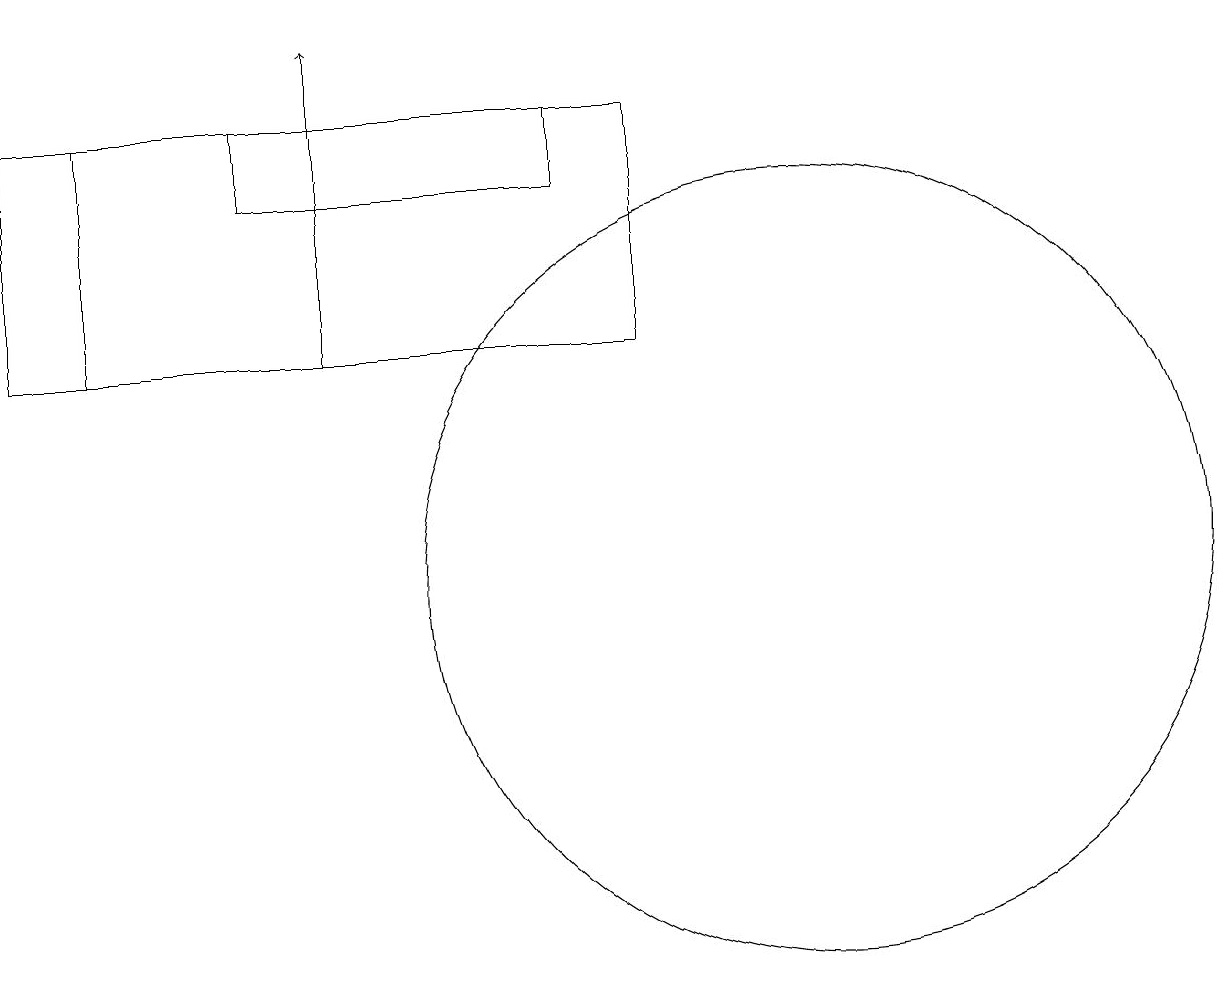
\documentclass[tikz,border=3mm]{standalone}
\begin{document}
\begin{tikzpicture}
\draw (11,10) circle (5);
\draw (5,16) rectangle (5,16);
\draw[->] (5,13) -- (5,17);
\draw (1,13) rectangle (9,16);
\draw (8,16) rectangle (4,15);
\draw (2,13) rectangle (1,16);
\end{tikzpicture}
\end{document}